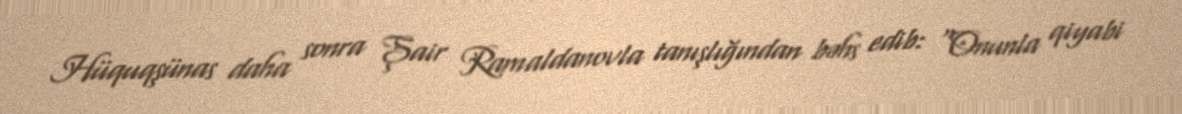
Hüquqşünas daha sonra Şair Ramaldanovla tanışlığından bəhs edib: "Onunla qiyabi